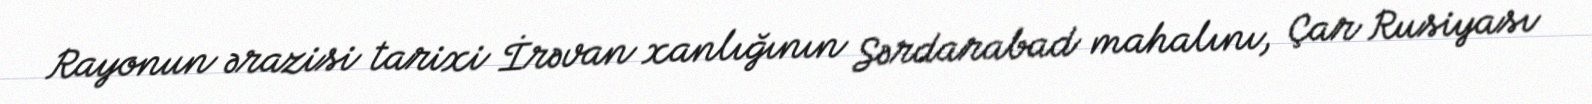
Rayonun ərazisi tarixi İrəvan xanlığının Sərdarabad mahalını, Çar Rusiyası